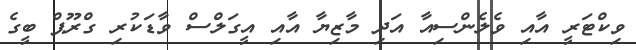
ވިކްޓަރީ އާއި ވެލެންސިއާ އަދި މާޒިޔާ އާއި އީގަލްސް ވާޑަކުރި ގްރޫޕް ބީގެ